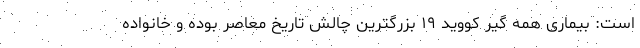
است: بیماری همه گیر کووید ۱۹ بزرگترین چالش تاریخ معاصر بوده و خانواده